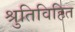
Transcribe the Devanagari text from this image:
श्रुतिविहित